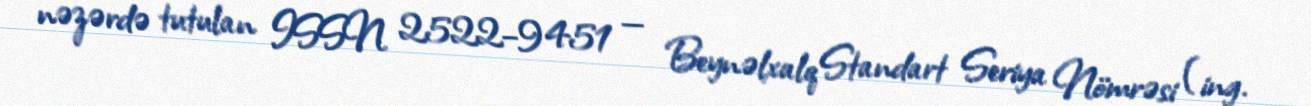
nəzərdə tutulan ISSN 2522–9451 — Beynəlxalq Standart Seriya Nömrəsi (ing.